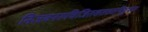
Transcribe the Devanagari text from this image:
निजवनरुचिजितशतशतविधुवन।